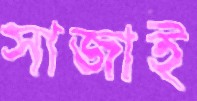
সাজাই